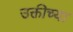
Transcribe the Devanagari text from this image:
उक्तीच्या